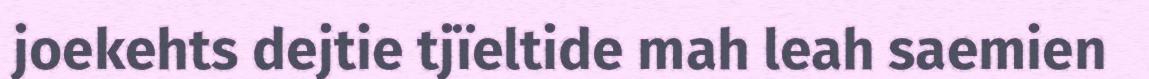
joekehts dejtie tjïeltide mah leah saemien